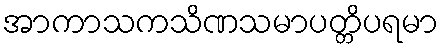
အာကာသကသိဏသမာပတ္တိပရမာ